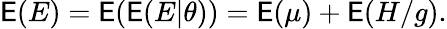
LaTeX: \mathsf E(E)=\mathsf E(\mathsf E(E|\theta))=\mathsf E(\mu)+\mathsf E(H/g).